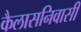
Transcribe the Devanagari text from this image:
कैलासनिवासी